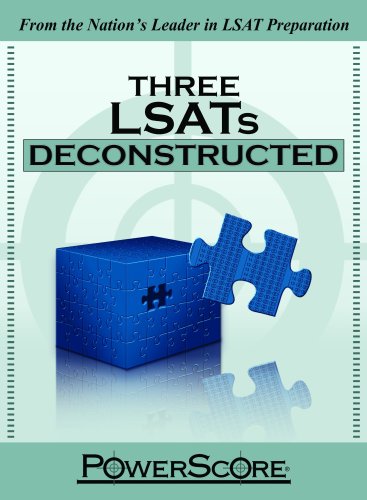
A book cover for The PowerScore LSAT Deconstructed Series: Three LSATs Deconstructed; David M. Killoran; Law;